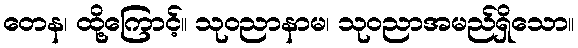
တေန၊ ထို့ကြောင့်။ သုဝညာနာမ၊ သုဝညာအမည်ရှိသော။